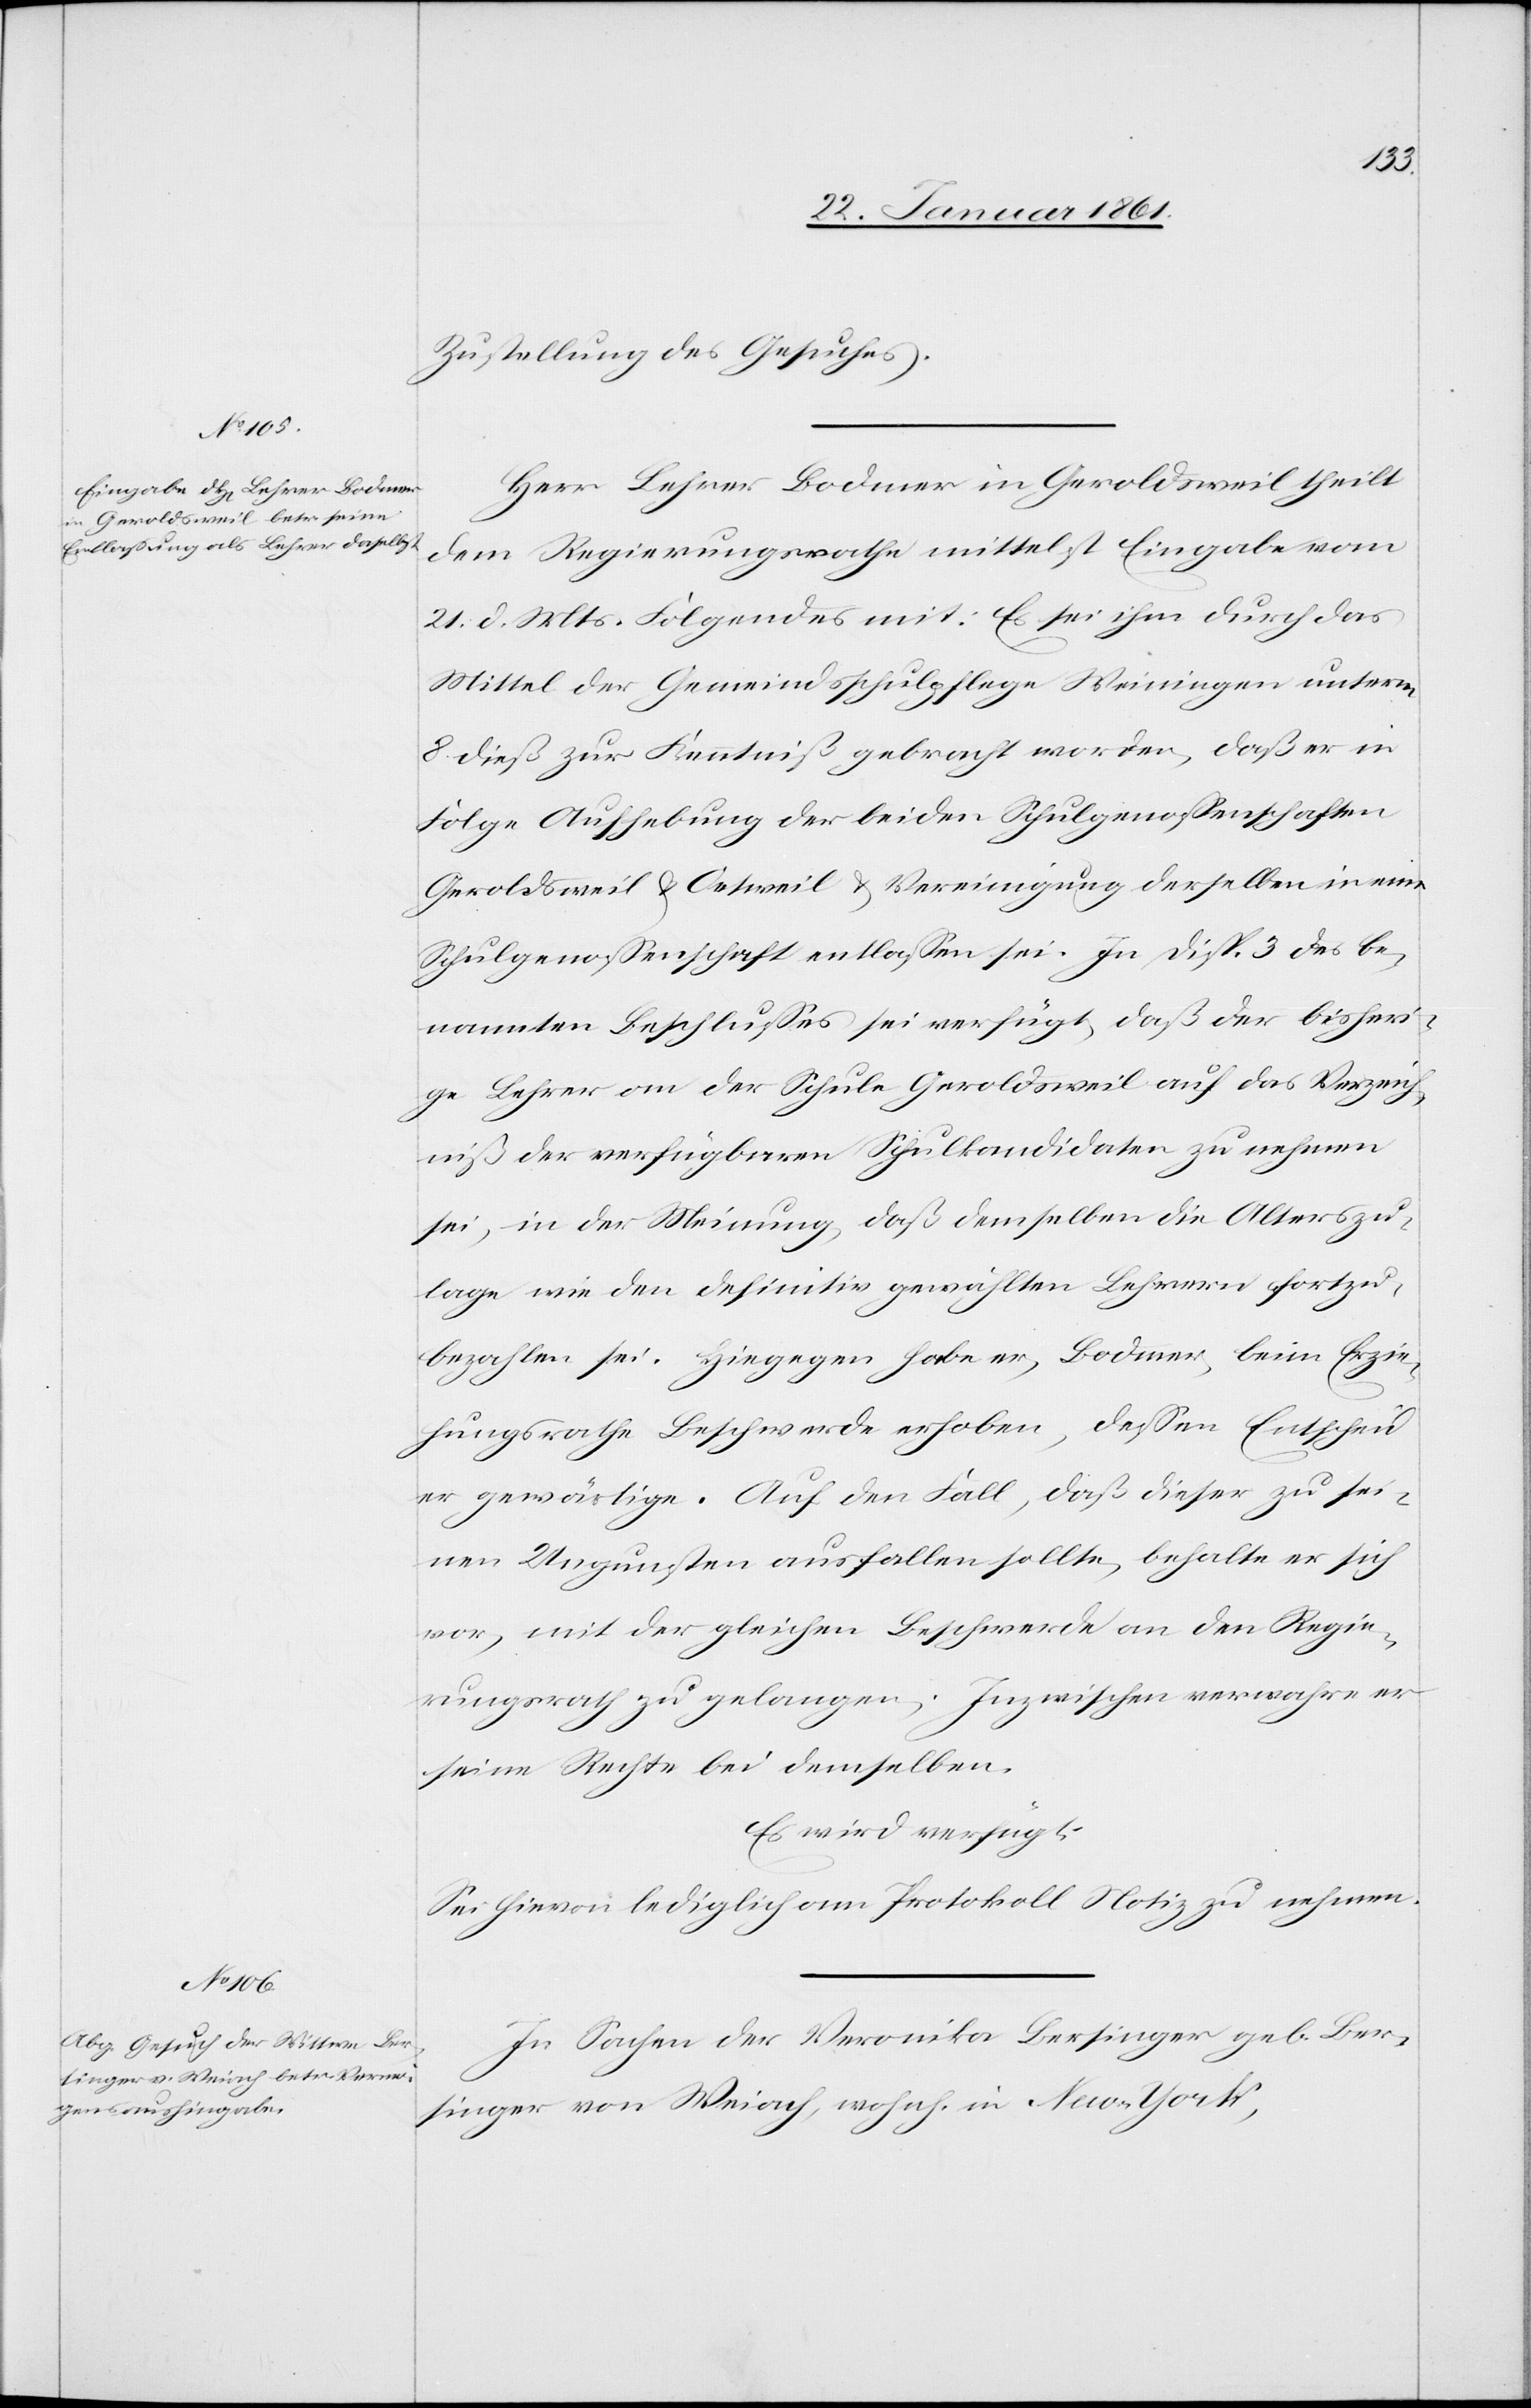
Zustellung des Gesuches.
Herr Lehrer Bodmer in Geroldsweil theilt
dem Regierungsrathe mittelst Eingabe vom
21. d. Mts. Folgendes mit: Es sei ihm durch das
Mittel der Gemeindsschulpflege Weiningen unterm
8. dieß zur Kenntniß gebracht worden, daß er in
Folge Aufhebung der beiden Schulgenossenschaften
Geroldsweil u. Oetweil u. Vereinigung derselben in eine
Schulgenossenschaft entlassen sei. In Disp. 3 des be¬
nannten Beschlusses sei verfügt, daß der bisheri¬
ge Lehrer an der Schule Geroldsweil auf das Verzeich¬
niß der verfügbaren Schulkandidaten zu nehmen
sei, in der Meinung, daß demselben die Alterszu¬
lage wie den definitiv gewählten Lehrern fortzu¬
bezahlen se. Hingegen habe er, Bodmer, beim Erzie¬
hungsrathe Beschwerde erhoben, dessen Entscheid
er gewärtige. Auf den Fall, daß dieser zu sei¬
nen Ungunsten ausfallen sollte, behalte er sich
vor, mit der gleichen Beschwerde an den Regie¬
rungsrath zu gelangen; Inzwischen verwahre er
seine Rechte bei demselben.
Es wird verfügt:
Sei hievon lediglich am Protokoll Notiz zu nehmen.
In Sachen der Veronika Bersinger geb. Ber¬
singer von Weiach, wohnh. in New-York